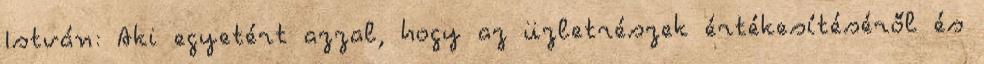
István: Aki egyetért azzal, hogy az üzletrészek értékesítéséről és